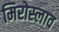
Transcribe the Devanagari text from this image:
मिरोस्लाव